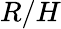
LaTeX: R/H